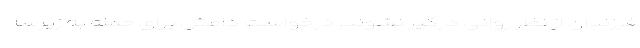
فرزندان از نظر روانی درگیر نشوند. درخواست داعش برای حمله به زیرسا